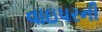
વાઇપરની